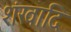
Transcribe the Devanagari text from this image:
शंखादि